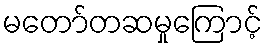
မတော်တဆမှုကြောင့်